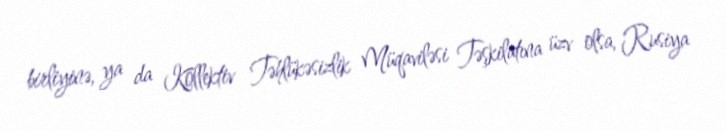
birliyinə, ya da Kollektiv Təhlükəsizlik Müqaviləsi Təşkilatına üzv olsa, Rusiya